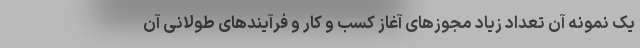
یک نمونه آن تعداد زیاد مجوزهای آغاز کسب و کار و فرآیندهای طولانی آن